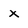
Character: x